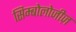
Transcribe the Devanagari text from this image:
सिम्बोलोजीज़